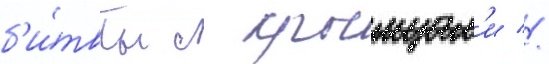
б'и́твы с крымцам'и //